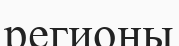
регионы